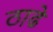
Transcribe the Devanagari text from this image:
ठाढे